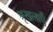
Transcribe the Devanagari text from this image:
श्रृखलाएँ